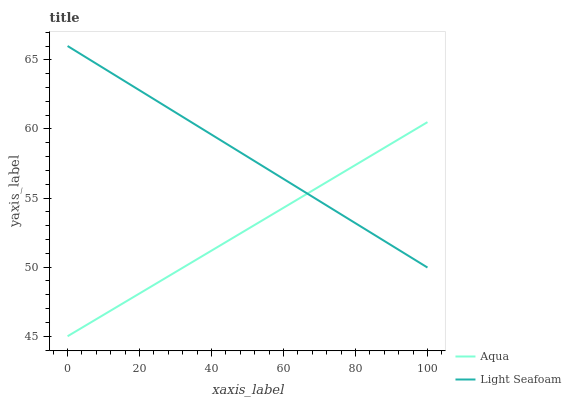
| xaxis_label | Aqua | Light Seafoam |
 | --- | --- | --- |
 | 0 | 45 | 66 |
 | 7.14 | 46.1 | 64.9 |
 | 14.3 | 47.2 | 63.7 |
 | 21.4 | 48.3 | 62.6 |
 | 28.6 | 49.4 | 61.4 |
 | 35.7 | 50.5 | 60.3 |
 | 42.9 | 51.6 | 59.1 |
 | 50 | 52.7 | 58 |
 | 57.1 | 53.9 | 56.8 |
 | 64.3 | 55 | 55.7 |
 | 71.4 | 56.1 | 54.6 |
 | 78.6 | 57.2 | 53.4 |
 | 85.7 | 58.3 | 52.3 |
 | 92.9 | 59.4 | 51.1 |
 | 100 | 60.5 | 50 |